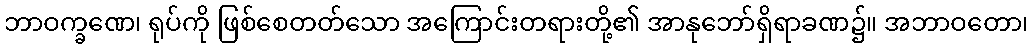
ဘာဝက္ခဏေ၊ ရုပ်ကို ဖြစ်စေတတ်သော အကြောင်းတရားတို့၏ အာနုဘော်ရှိရာခဏ၌။ အဘာဝတော၊